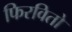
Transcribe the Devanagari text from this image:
फिरवितो